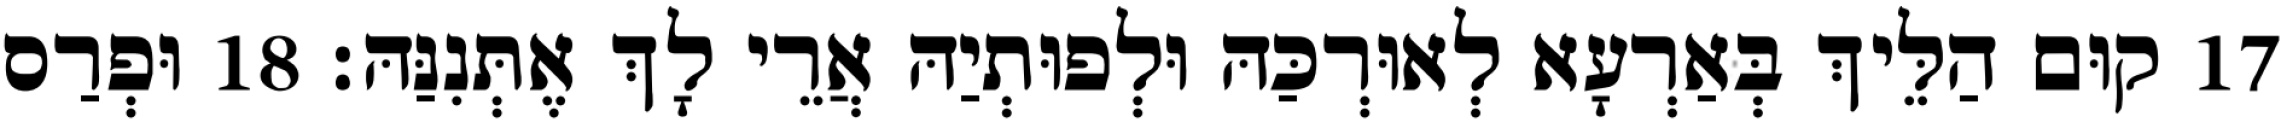
17 קוּם הַלֵּיךְ בְּאַרְעָא לְאוּרְכַּהּ וּלְפוּתְיַהּ אֲרֵי לָךְ אֶתְּנִנַּהּ׃ 18 וּפְרַס